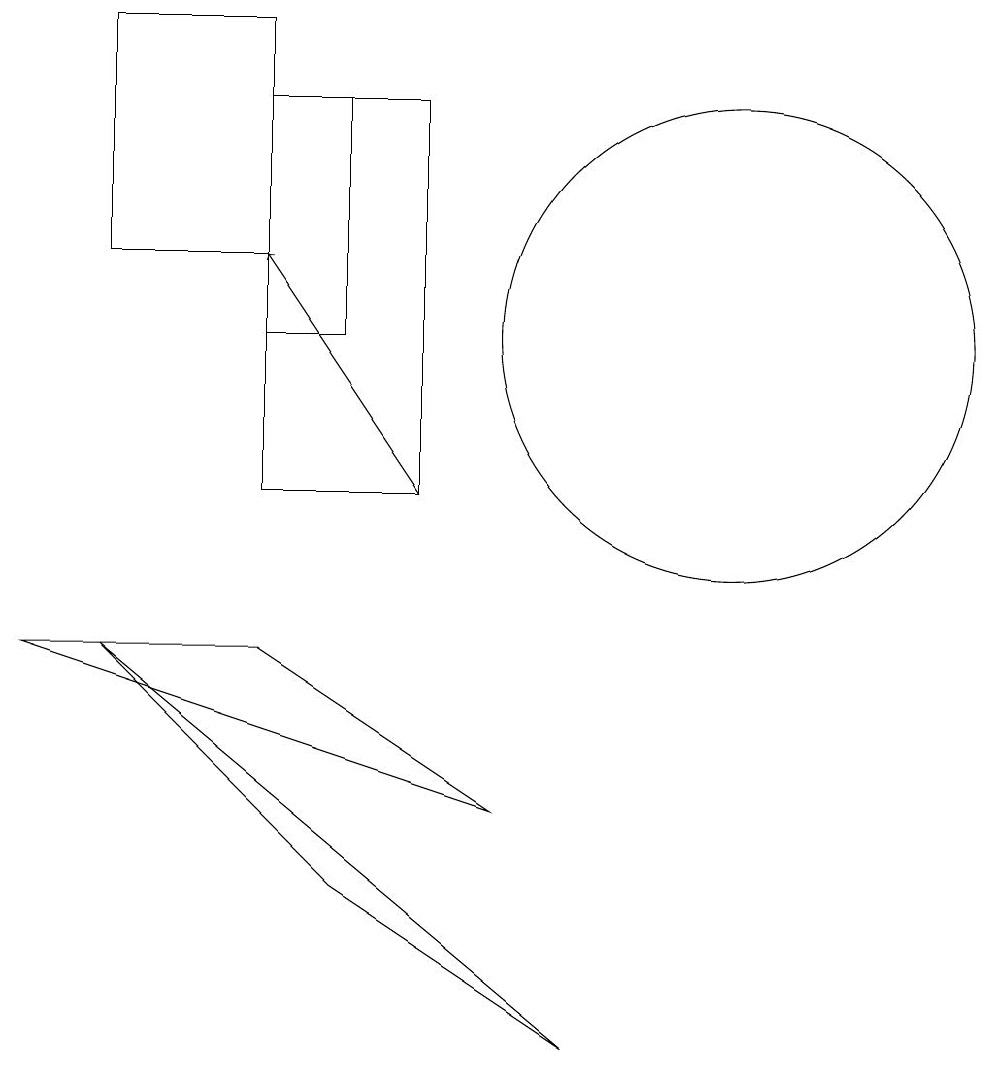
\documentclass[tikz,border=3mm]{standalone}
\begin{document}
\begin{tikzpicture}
\draw (1,8) -- (7,6) -- (4,8) -- cycle;
\draw (10,12) circle (3);
\draw (4,13) rectangle (2,16);
\draw (5,12) rectangle (4,15);
\draw (4,10) rectangle (6,15);
\draw[->] (6,10) -- (4,13);
\draw (5,5) -- (2,8) -- (8,3) -- cycle;
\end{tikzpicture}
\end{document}